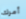
أمرك